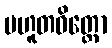
ပဟူတဝိတ္တော